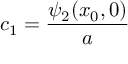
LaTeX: c _ { 1 } = { \frac { \psi _ { 2 } ( x _ { 0 } , 0 ) } { a } }